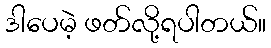
ဒါပေမဲ့ ဖတ်လို့ရပါတယ်။